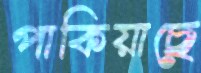
পাকিয়াছে